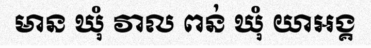
មាន ឃុំ វាល ពន់ ឃុំ យាអង្គ